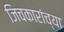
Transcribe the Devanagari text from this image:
जिचकारांच्या